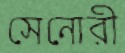
সেনোরী